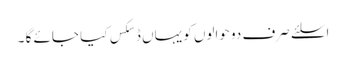
اسلئے صرف دو حوالوں کو یہاں ڈسکس کیا جائے گا ۔